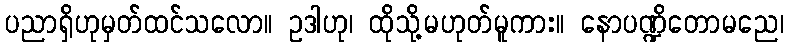
ပညာရှိဟုမှတ်ထင်သလော။ ဥဒါဟု၊ ထိုသို့မဟုတ်မူကား။ နောပဏ္ဍိတောမညေ၊